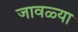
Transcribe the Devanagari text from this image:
जावळ्या